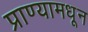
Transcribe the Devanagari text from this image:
प्राण्यामधून